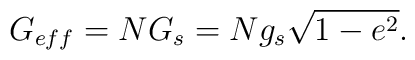
G_{eff}=NG_s=Ng_s\sqrt{1-e^2}.